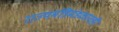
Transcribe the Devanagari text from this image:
राज्यमंत्रिमंडळातही